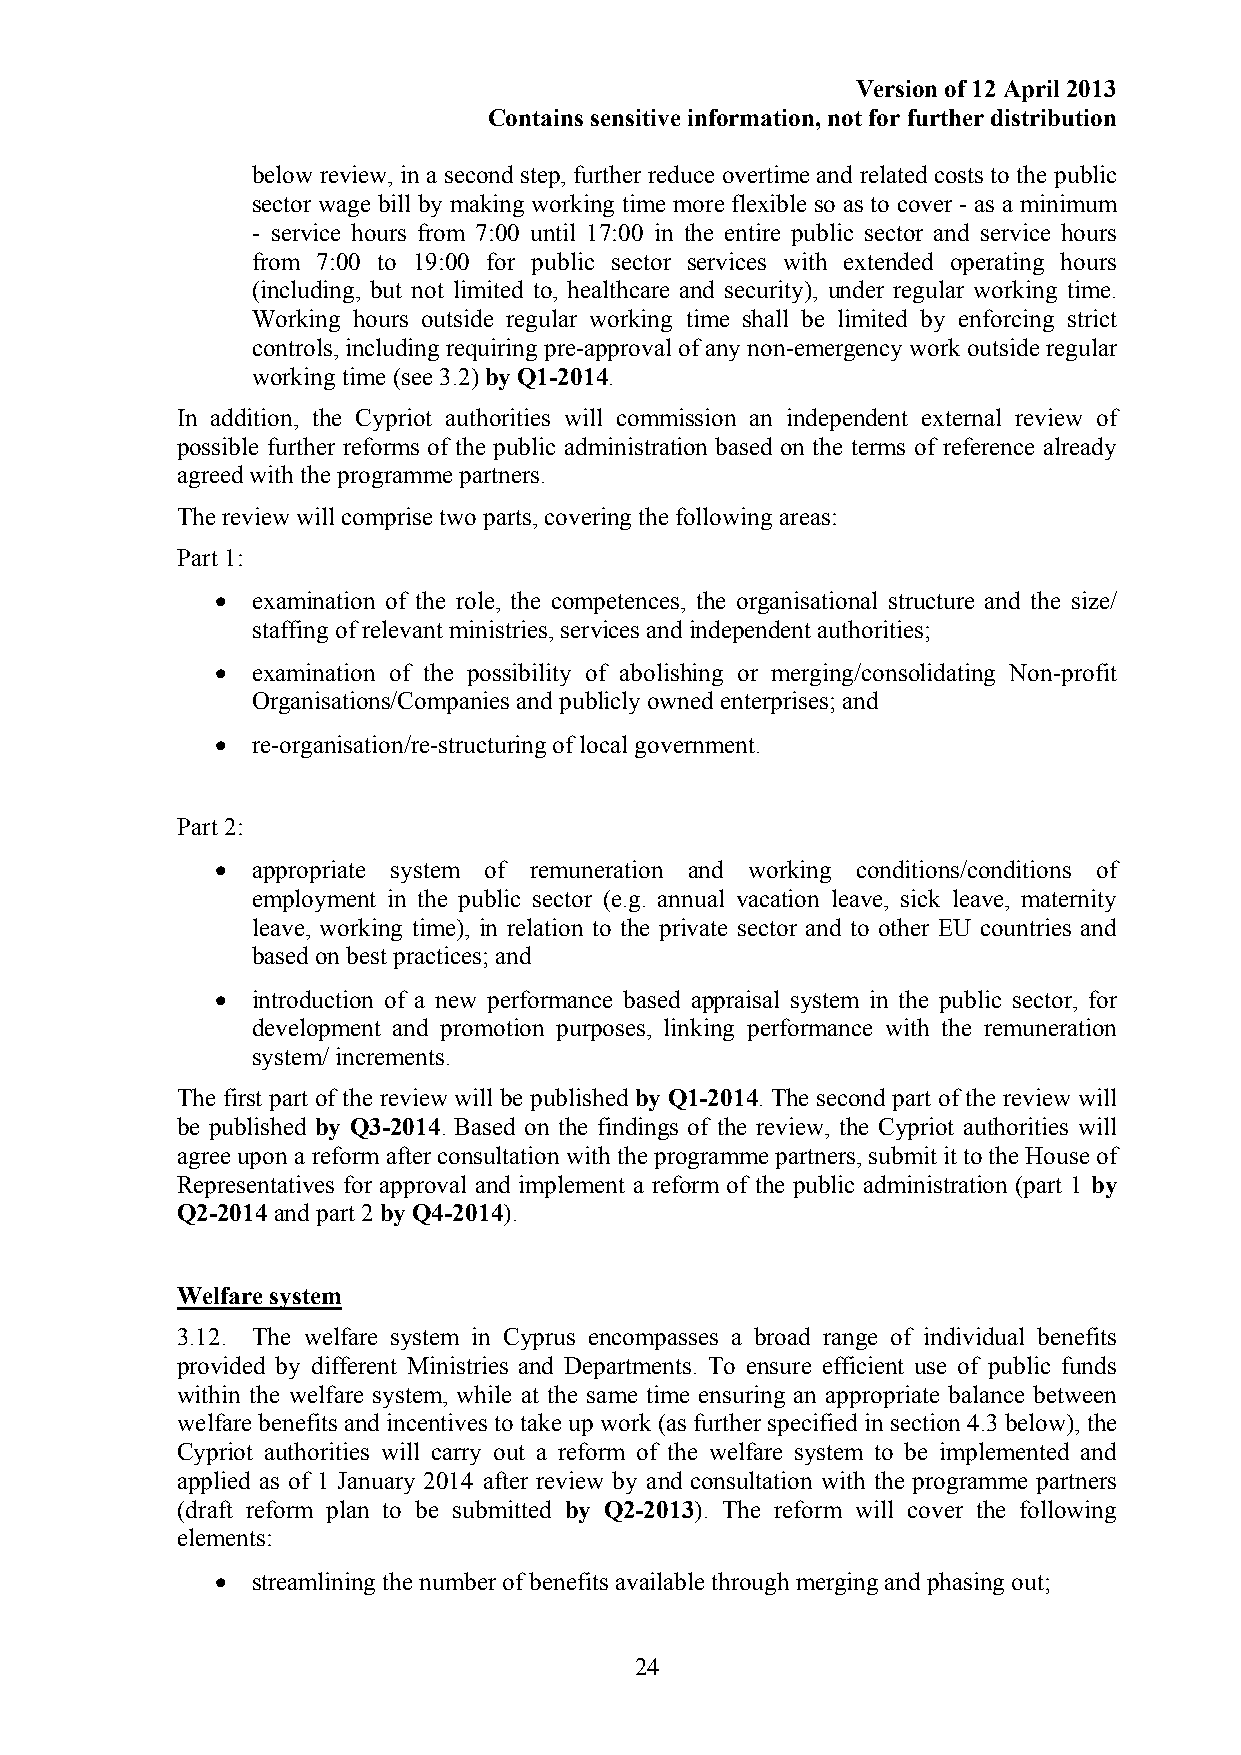
Version of 12 April 2013
 Contains sensitive information, not for further distribution
 below review, in a second step, further reduce overtime and related costs to the public
 sector wage bill by making working time more flexible so as to cover - as a minimum
 - service hours from 7:00 until 17:00 in the entire public sector and service hours
 from 7:00 to 19:00 for public sector services with extended operating hours
 (including, but not limited to, healthcare and security), under regular working time.
 Working hours outside regular working time shall be limited by enforcing strict
 controls, including requiring pre-approval of any non-emergency work outside regular
 working time (see 3.2) by Q1-2014.
 In addition, the Cypriot authorities will commission an independent external review of
 possible further reforms of the public administration based on the terms of reference already
 agreed with the programme partners.
 The review will comprise two parts, covering the following areas:
 Part 1:
 •  examination of the role, the competences, the organisational structure and the size/
 staffing of relevant ministries, services and independent authorities;
 •  examination of the possibility of abolishing or merging/consolidating Non-profit
 Organisations/Companies and publicly owned enterprises; and
 •  re-organisation/re-structuring of local government.
 Part 2:
 •  appropriate system of remuneration and working conditions/conditions of
 employment in the public sector (e.g. annual vacation leave, sick leave, maternity
 leave, working time), in relation to the private sector and to other EU countries and
 based on best practices; and
 •  introduction of a new performance based appraisal system in the public sector, for
 development and promotion purposes, linking performance with the remuneration
 system/ increments.
 The first part of the review will be published by Q1-2014. The second part of the review will
 be published by Q3-2014. Based on the findings of the review, the Cypriot authorities will
 agree upon a reform after consultation with the programme partners, submit it to the House of
 Representatives for approval and implement a reform of the public administration (part 1 by
 Q2-2014 and part 2 by Q4-2014).
 Welfare system
 3.12. The welfare system in Cyprus encompasses a broad range of individual benefits
 provided by different Ministries and Departments. To ensure efficient use of public funds
 within the welfare system, while at the same time ensuring an appropriate balance between
 welfare benefits and incentives to take up work (as further specified in section 4.3 below), the
 Cypriot authorities will carry out a reform of the welfare system to be implemented and
 applied as of 1 January 2014 after review by and consultation with the programme partners
 (draft reform plan to be submitted by Q2-2013). The reform will cover the following
 elements:
 •  streamlining the number of benefits available through merging and phasing out;
 24